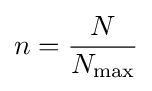
n={\frac {N}{N_{\text{max}}}}